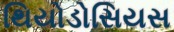
થિયોડોસિયસ